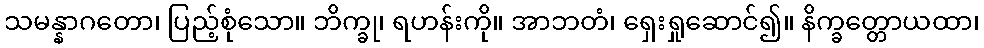
သမန္နာဂတော၊ ပြည့်စုံသော။ ဘိက္ခု၊ ရဟန်းကို။ အာဘတံ၊ ရှေးရှုဆောင်၍။ နိက္ခတ္တောယထာ၊